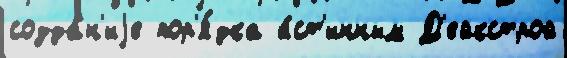
созда́н'иjе пор'я́дка и́ст'инным Д'ейкстрой